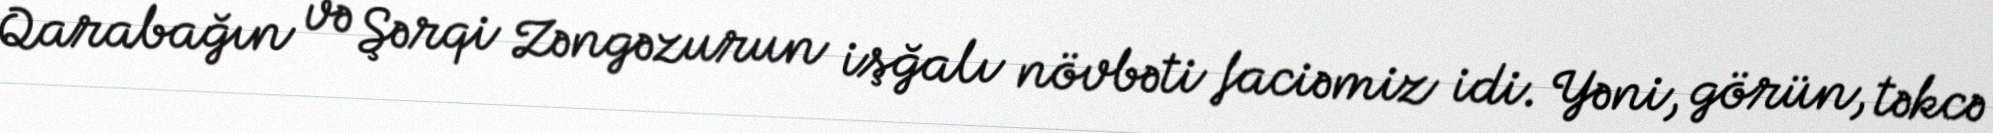
Qarabağın və Şərqi Zəngəzurun işğalı növbəti faciəmiz idi. Yəni, görün, təkcə